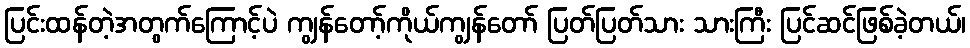
ပြင်းထန်တဲ့အတွက်ကြောင့်ပဲ ကျွန်တော့်ကိုယ်ကျွန်တော် ပြတ်ပြတ်သား သားကြီး ပြင်ဆင်ဖြစ်ခဲ့တယ်၊